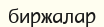
биржалар